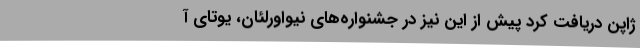
ژاپن دریافت کرد پیش از این نیز در جشنواره‌های نیواورلئان، یوتای آ